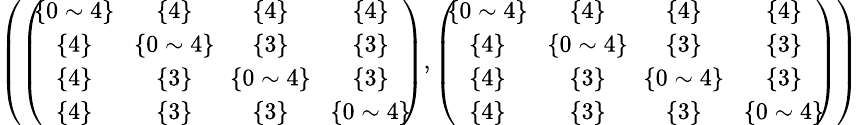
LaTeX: \begin{array}{r}{\small{\left(\left(\! \! \begin{array}{cccc}{\{ 0\sim 4\} }&{\{ 4\} }&{\{ 4\} }&{\{ 4\} }\\ {\{ 4\} }&{\! \{ 0\sim 4\} \! }&{\{ 3\} }&{\{ 3\} }\\ {\{ 4\} }&{\{ 3\} }&{\! \{ 0\sim 4\} \! }&{\{ 3\} }\\ {\{ 4\} }&{\{ 3\} }&{\{ 3\} }&{\{ 0\sim 4\} }\end{array}\! \! \right),\left(\! \! \begin{array}{cccc}{\{ 0\sim 4\} }&{\{ 4\} }&{\{ 4\} }&{\{ 4\} }\\ {\{ 4\} }&{\! \{ 0\sim 4\} \! }&{\{ 3\} }&{\{ 3\} }\\ {\{ 4\} }&{\{ 3\} }&{\! \{ 0\sim 4\} \! }&{\{ 3\} }\\ {\{ 4\} }&{\{ 3\} }&{\{ 3\} }&{\{ 0\sim 4\} }\end{array}\! \! \right)\right)}}\end{array}